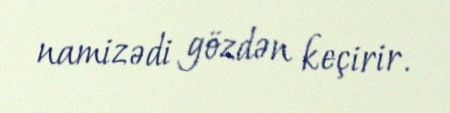
namizədi gözdən keçirir.